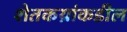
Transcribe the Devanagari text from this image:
शेतकय्रांकडील